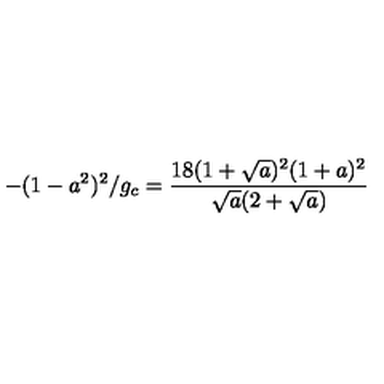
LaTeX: - ( 1 - a ^ { 2 } ) ^ { 2 } / g _ { c } = { \frac { 1 8 ( 1 + { \sqrt { a } } ) ^ { 2 } ( 1 + a ) ^ { 2 } } { { \sqrt { a } } ( 2 + { \sqrt { a } } ) } }